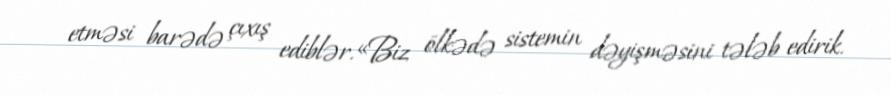
etməsi barədə çıxış ediblər.«Biz ölkədə sistemin dəyişməsini tələb edirik.